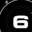
Digit: 6